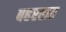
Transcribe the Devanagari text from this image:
बहरहात